Vital statistics of India. Vol. IV, Annual returns from 1871 to 1876. British Army of India, Native Army and jails of Bengal
Year: 1871
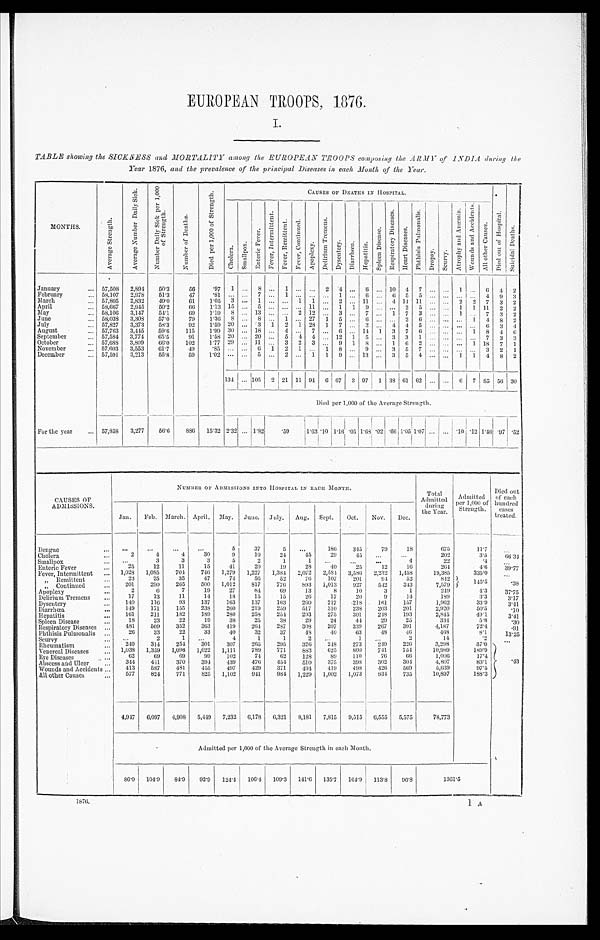
EUROPEAN TROOPS, 1876.
TABLE showing the SICKNESS and MORTALITY among the EUROPEAN TROOPS composing the ARMY of INDIA during the
Year 1876, and the prevalence of the principal Diseases in each Month of the Year.
MONTHS.
A v e r a g e S t r e n g t h .
A v e r a g e N u m b e r D a i l y S i c k .
N u m b e r D a i l y S i c k p e r 1 , 0 0 0 o f S t r e n g t h .
N u m b e r o f
D e a t h s .
D i e d p e r 1 , 0 0 0 o f
S t r e n g t h .
CAUSES OF DEATHS IN HOSPITAL.
D i e d o u t o f
H o s p i t a l .
S u i c i d a l D e a t h s .
C h o l e r a .
S m a l l p o x .
E n t e r i c F e v e r .
F e v e r , I n t e r m i t t e n t .
F e v e r e s , R e m i t t e n t .
F e v e r , C o n t i n u e d .
A p o p l e x y .
D e l i r i u m
T r e m e n s .
D y s e n t e r y . D i a r r h œ a . H e p a t i t i s .
S p l e e n D i s e a s e .
R e s p i r a t o r y D i s e a s e s .
H e a r t D i s e a s e s .
P h t h s i s
P u l m o n a l i s .
D r o p s y .
Scurvy.
A t r o p h y a n d A n æ m i a . W o u n d s a n d A c c i d e n t .
A l l o t h e r C a u s e s .
January
... 57, 508
2,894
50.3
56
. 9 7
1 ... 8 ... 1 ... ... 2
4 ... 6 ... 10 4 7 ... ... 1 ... 6 4 2
February
... 58,107 2,978
51.3
47
. 8 1 . . . . . . 7 . . . 1
. . . . . .
. . . 1 . . . 6 . . . 6 5 5 . . . . . .
. . . . . . 4
9
3
March
... 57,805 2,832
49.0
61
1.05 3 ...
1 ... ... 1 1
. . . 2 ... 11 ... 4 11 11 ... ... 2 2 7 3 2
April
... 58,667 2,945
50.2
6 6
1.13
1 5 ... 5 ... ... ... 11 ... 1 1 9 ... ... 2 5 ... ... 1 1 11 2 2
May
... 58,106 3,147
54.1
69
1.19 8 ... 13
. . . . . . 2 12 ... 3 ... 7
. . . 1 7 3 ... ... 1 ... 7 3 2
June
... 58,038 3,308
57.0
79
1.36
8 ... 8 ... 1 ... 27 1 5 ... 6 ... ...
6 ... ... ... 1
4 8 2
July
... 57,827 3,373
58.3
92
1.59 20 ... 3 1 2 1 28 1 7 ... 3 ...
. . 4 . 4 5 ... ... ... ... 6 3 4
August
... 57,763 3,445
59.6
115
1.99 30 ... 18 ... 4 ... 7 ... 6 ... 14 1 3 7 6 ... ... ... 1 8 4 6
September
... 57,584 3,774
65.5
91
1 . 5 8 20 ... 20 ... 5 4 4 ... 12 1 5 ... 3 3 1 ... ... ... ... 7 3 3
October
... 57,688 3,809
66.0
102
1.77 29 ... 11 ... 3 2 3
. . . 9 1 8 ... 1 6 2 ... ... ... 1 18 7 1
November
... 57.603 3,553
61.7
49
. 8 5
... ... 6 1 2 1 ... 1 8 ... 9 ... 3 5 7 ... ... ... ... 3 2 1
December
... 57,591 3,213
55.8
59
1.02 ... ...
5
...
. . .
2 1 1 9 ... 13 ... 3
5
4 ... ... 1 1 4 8 2
134 ...
1 0 5 2 21 11 94 6 67 3 97 1 38 61 62 ... ... 6 7 85 ! 56 30
Died per 1,000 of the Average Strength.
For the year
... 57,858 3,277
56.6
886 15.32 2.32 ... 1.82
. 5 9
1 . 6 3
. 1 0 1.16 .05 1.68 .02 .66
1 . 0 5 1.07 ... ... .10 .12 1.46 .97 .52
CAUSES OF
ADMISSIONS.
NUMBER OF ADMISSIONS INTO HOSPITAL IN EACH MONTH.
Total
Admitted
during
the Year.
Admitted
per 1,000 of
Strength.
Died out
of each
hundred
cases
treated.
Jan.
Feb. March. April. May. June. July. Aug. Sept.
Oct.
Nov. Dec.
Dengue
...
. . .
. . .
...
...
5
37
5
...
186
345
79
18
675
11.7
. . .
Cholera
...
2
4
4
30
9
10
24
45
29
15
...
...
202
3.5
66.34
Smallpox
... ...
3
3
3
5
2
1
1
...
. . .
...
4
22
. 4
. . .
Enteric Fever
...
25
12
11
15
41
20
19
28
40
25
12
16
264
4.6
39.77
Fever, Intermittent ... 1028 1,085
704
746 1,279 1,227 1,384 2,072 2,584 3,586 2,232 1,458
19,385
335.0
. . .
, , R e m i t t e n t
...
23
25
35
47
74
56
52
76
107
201
9 4
52
842
145
. 5
. 3 8
„ Continued
...
201
290
265
500 1,012
817
776
893 1,013
927
542
343
7 , 5 7 9
A p o p l e x y
...
2
6
7
19
27
84
69
13
8
10
3
1
249
4.3
37.75
Del i ri um Tremens.
...
17
13
11
14
18
15
15
26
17
20
9
14
189
3.3
3.17
Dysentery
...
140
116
93
137
163
137
163
260
217
.218
161
157
1,962
33.9
3.41
Diarrhœa
...
149
171
155
238
260
219
259
517
310
238
203
201
2,920
50.5
.10
Hepatitis
...
161
211
182
189
280
258
211
293
275
301
248
193
2,845
49.1
3.41
Spleen Disease
...
18
23
22
19
38
25
38
29
24
44
29
25
334
5.8
.30
Respiratory Diseases
...
481
509
352
363
419
264
287
308
207
339
267
391
4,187
72'4
.91
Phthisis Pulmoualis
...
2 6
33
22
33
40
32
37
48
40
63
48
46
468
81
13.25
Scurvy
...
...
2
1
. . .
4
1
1
2
...
1
. . .
2
14
.2
. . .
Rheumatism
... 240
314
254
301
307
265
295
326
248
273
249
226
3,298
570
. 4 3
Venereal Diseases
... 1,038 1,359 1,096 1,022 1,111
789
771
883
625
800
741
751
10,989
189.9
Eye Diseases
...
62
69
69
99
102
74
62
128
89
110
76
66
1,006
17.4
A b s e e s s a n d U l c e r ...
344
441
370
394
439
476
451
510
375
398
302
304
4,807
83.1
Wounds and Accidents
...
413
587
481
455
497
4 2 9
371
494
419
498
426
569
5,639
97.5
All other Causes
...
577
824
771
825 1,102
941
984 1,229 1,002 1,073
834
735
10,897
188.3
4,947 6,097 4,908 5,449 7,232 6,178 6,321 8,181 7,815 9,515 6,555 5,575
78,773
.
Admitted per 1,000 of the Average Strength in each Month.
86.0 104.9
84.9
92.9 124.4
106.4 109.3 141.6 135.7
164.9 113.8
96.8
1361.5
1876.
1 A